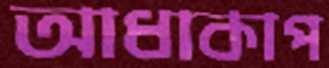
আধাকাপ